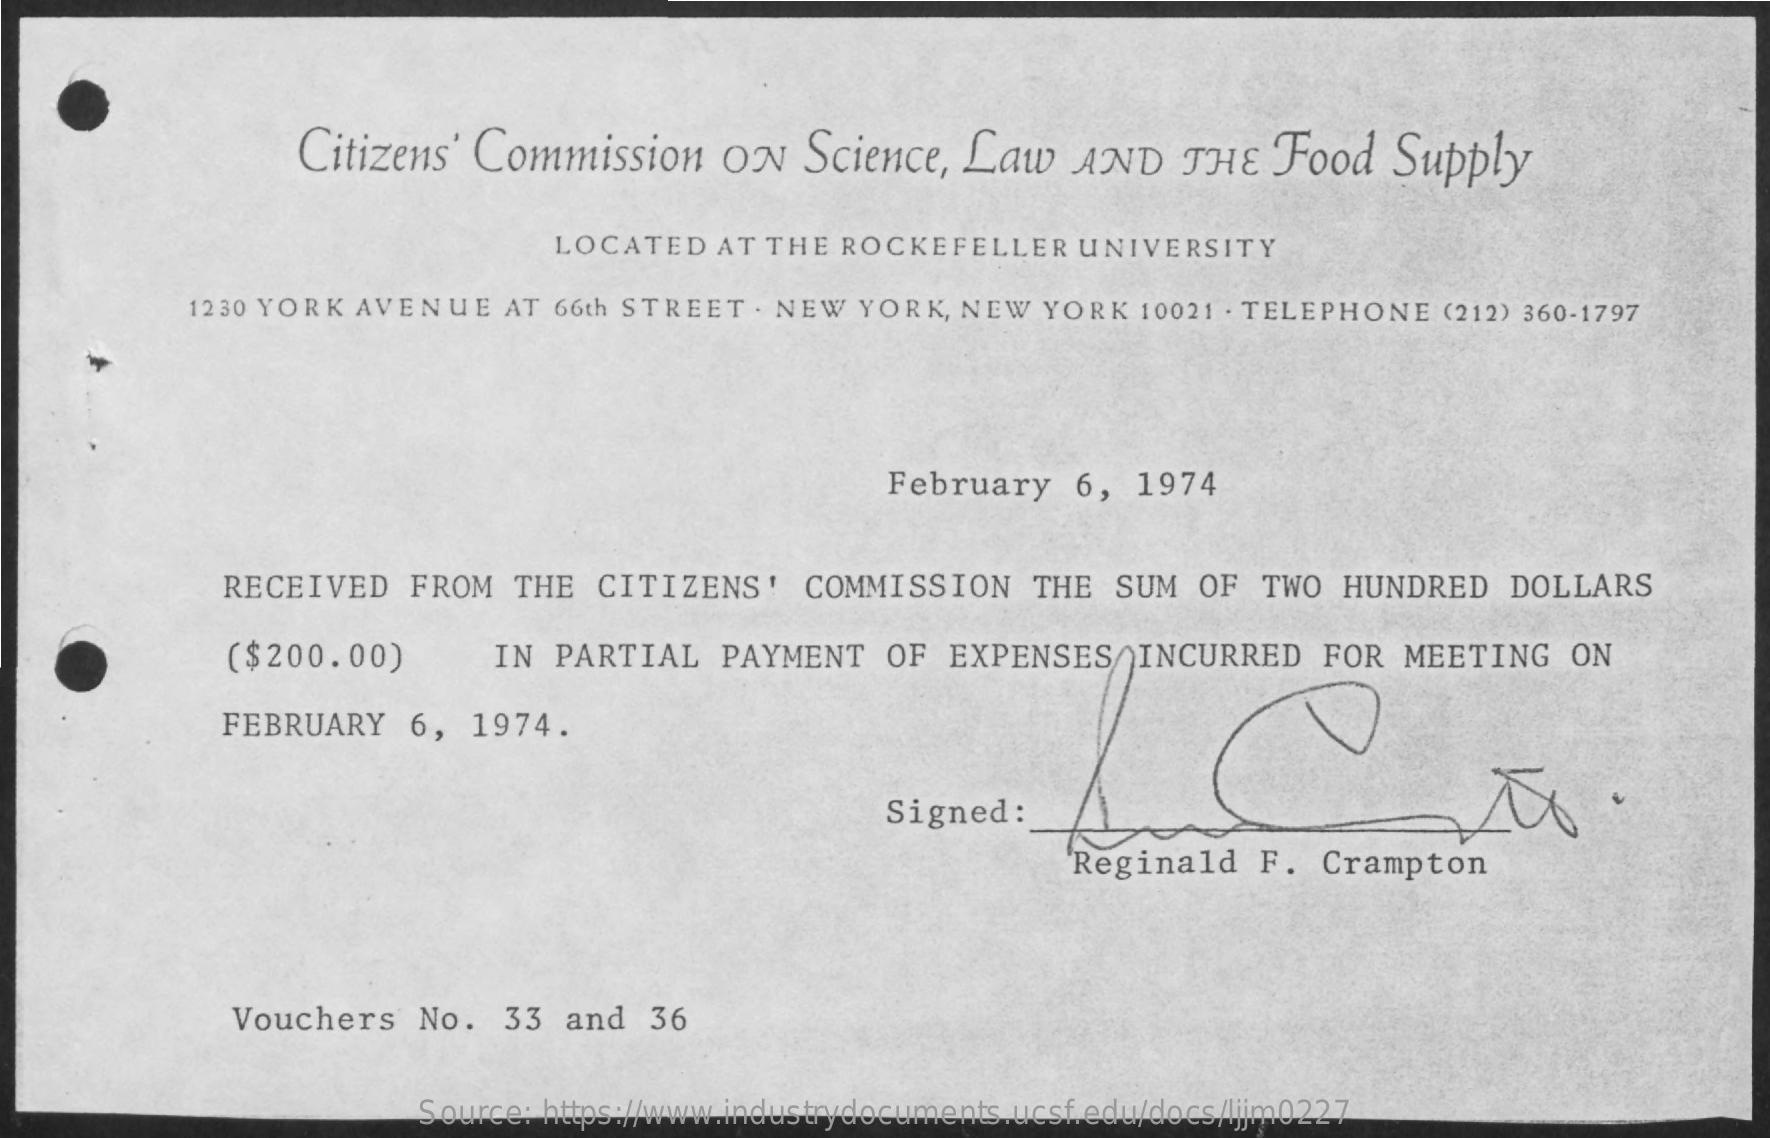
Citizens' Commission ON Science, Law AND  THE  Food Supply
     LOCATED AT THE ROCKEFELLER UNIVERSITY
     1230 YORK AVENUE AT 66th STREET . NEW YORK, NEW YORK 10021 . TELEPHONE (212) 360-1797
     February 6, 1974
     RECEIVED FROM THE CITIZENS' COMMISSION THE SUM OF TWO HUNDRED DOLLARS
     ($200.00)    IN PARTIAL PAYMENT OF EXPENSES/INCURRED FOR MEETING ON
     FEBRUARY 6, 1974.
     Signed :
     Reginald F. Crampton
     Vouchers No. 33 and 36
     Source: https://www.industrydocuments.ucsf.edu/docs/ljjm0227